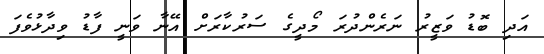
އަދި ބޮޑު ވަޒީރު ނަރެންދުރަ މޯދީގެ ސަރުކާރަށް އޭނާ ވަނީ ފާޑު ވިދާޅުވެފަ